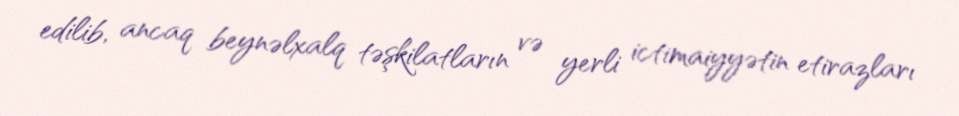
edilib, ancaq beynəlxalq təşkilatların və yerli ictimaiyyətin etirazları